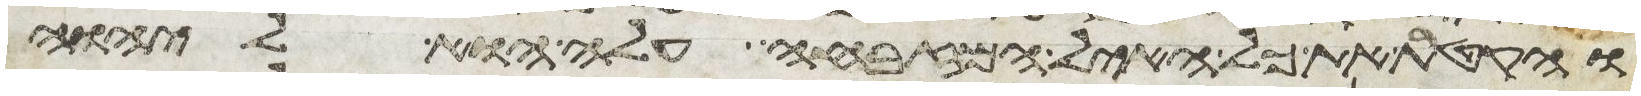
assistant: והקטרת את כל האיל המזבחה עלה הוא ליהוה